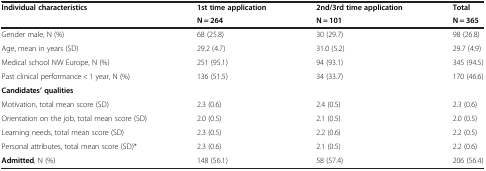
<table><thead><tr><td rowspan="2"><b>Individual characteristics</b></td><td><b>1st time application</b></td><td><b>2nd/3rd time application</b></td><td><b>Total</b></td></tr><tr><td><b>N = 264</b></td><td><b>N = 101</b></td><td><b>N = 365</b></td></tr></thead><tbody><tr><td>Gender male, N (%)</td><td>68 (25.8)</td><td>30 (29.7)</td><td>98 (26.8)</td></tr><tr><td>Age, mean in years (SD)</td><td>29.2 (4.7)</td><td>31.0 (5.2)</td><td>29.7 (4.9)</td></tr><tr><td>Medical school NW Europe, N (%)</td><td>251 (95.1)</td><td>94 (93.1)</td><td>345 (94.5)</td></tr><tr><td>Past clinical performance &lt; 1 year, N (%)</td><td>136 (51.5)</td><td>34 (33.7)</td><td>170 (46.6)</td></tr><tr><td><b>Candidates’ qualities</b></td><td> </td><td> </td><td> </td></tr><tr><td>Motivation, total mean score (SD)</td><td>2.3 (0.6)</td><td>2.4 (0.5)</td><td>2.3 (0.6)</td></tr><tr><td>Orientation on the job, total mean score (SD)</td><td>2.0 (0.5)</td><td>2.1 (0.5)</td><td>2.0 (0.5)</td></tr><tr><td>Learning needs, total mean score (SD)</td><td>2.3 (0.5)</td><td>2.2 (0.6)</td><td>2.2 (0.5)</td></tr><tr><td>Personal attributes, total mean score (SD)*</td><td>2.3 (0.6)</td><td>2.1 (0.5)</td><td>2.2 (0.6)</td></tr><tr><td><b>Admitted</b>, N (%)</td><td>148 (56.1)</td><td>58 (57.4)</td><td>206 (56.4)</td></tr></tbody></table>